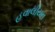
હવાલીયન